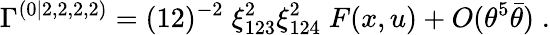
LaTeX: \Gamma^{(0|2,2,2,2)}=(12)^{-2}\; {\xi_{123}^{2}\xi_{124}^{2}}\; F(x,u)+O(\theta^{5}\bar{\theta})\; .